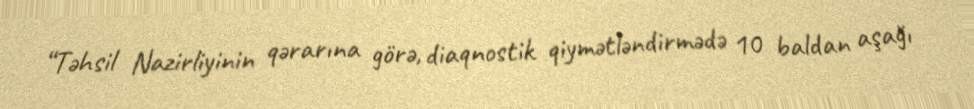
“Təhsil Nazirliyinin qərarına görə, diaqnostik qiymətləndirmədə 10 baldan aşağı